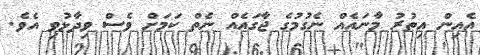
އެއިން އިތުރު މާނައެއް ނެގުމުގެ ޖާގައެއް ނެތް ކަމަށް ވެސް ވިދާޅުވި އެވެ.